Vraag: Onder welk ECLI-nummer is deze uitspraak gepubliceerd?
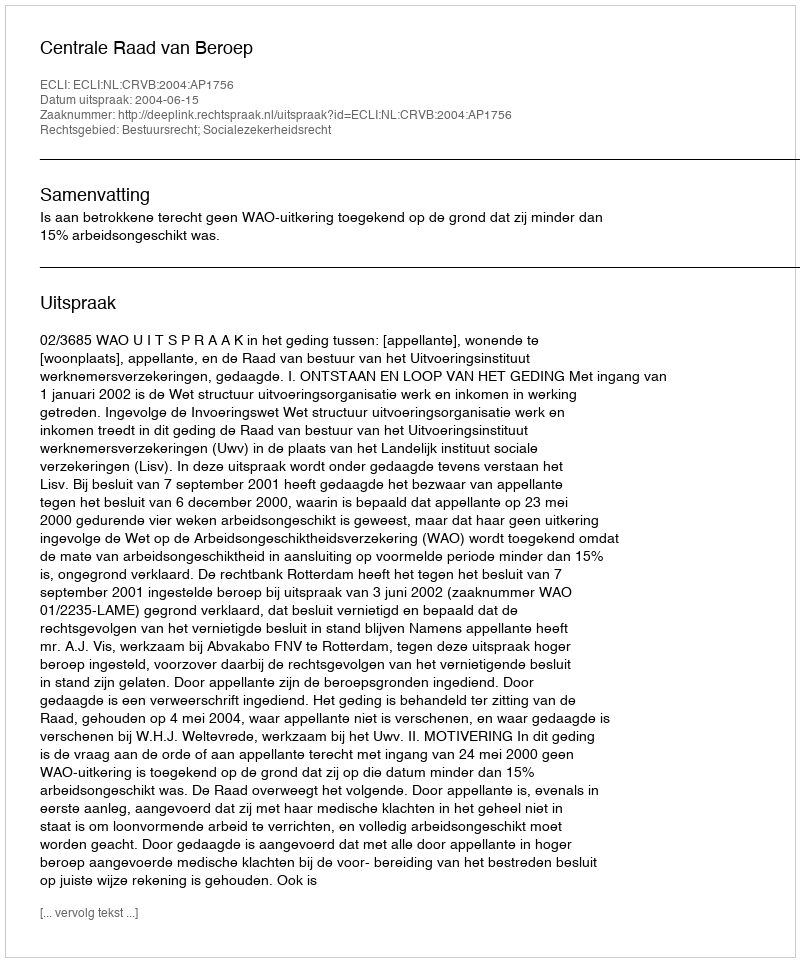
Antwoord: ECLI:NL:CRVB:2004:AP1756